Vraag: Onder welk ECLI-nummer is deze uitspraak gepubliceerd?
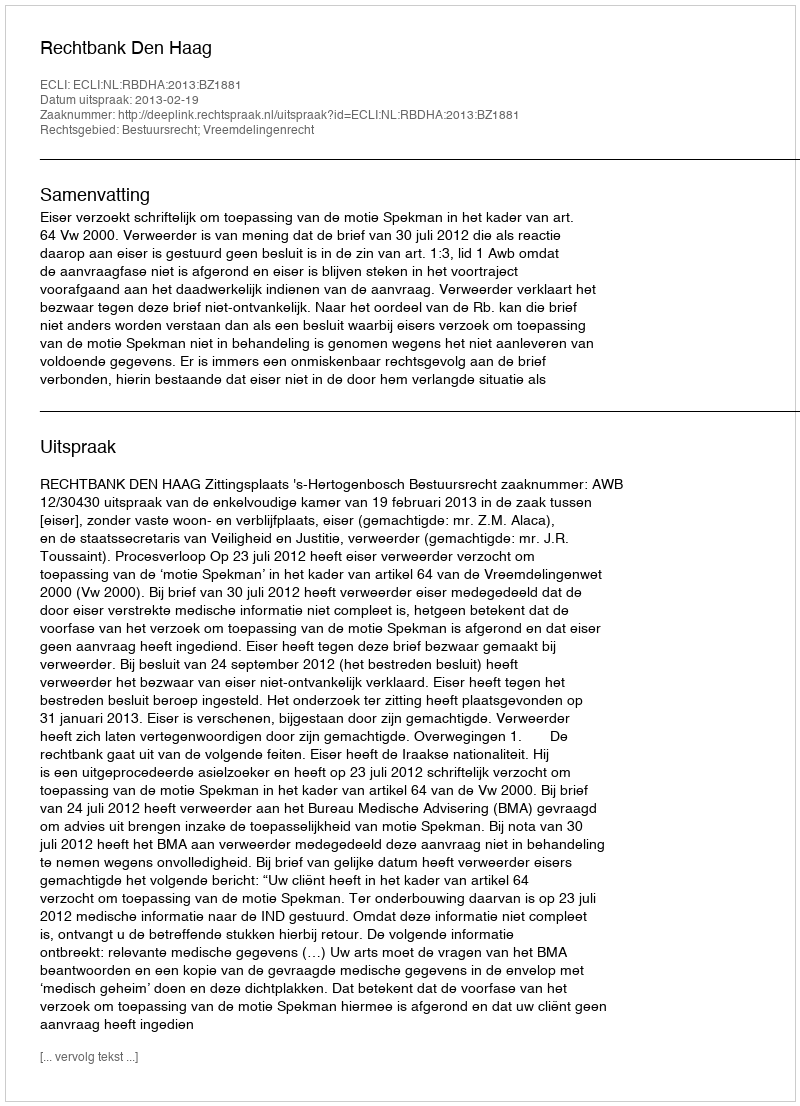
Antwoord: ECLI:NL:RBDHA:2013:BZ1881